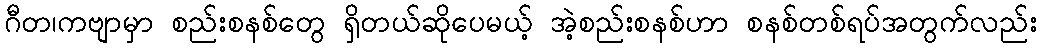
ဂီတ၊ကဗျာမှာ စည်းစနစ်တွေ ရှိတယ်ဆိုပေမယ့် အဲ့စည်းစနစ်ဟာ စနစ်တစ်ရပ်အတွက်လည်း